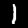
Digit: 1